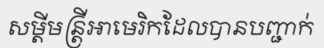
សម្តីមន្ត្រីអាមេរិកដែលបានបញ្ជាក់